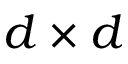
d \times d